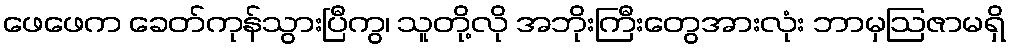
ဖေဖေက ခေတ်ကုန်သွားပြီကွ၊ သူတို့လို အဘိုးကြီးတွေအားလုံး ဘာမှဩဇာမရှိ